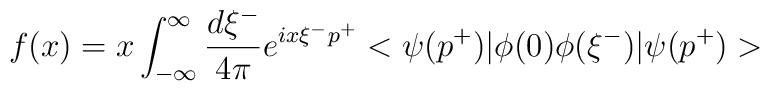
f(x) = x \int_{-\infty}^{\infty}\frac{d\xi^-}{4\pi} e^{ix\xi^- p^+}<\psi(p^+)| \phi(0) \phi(\xi^-) | \psi(p^+)>